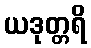
ယဒုတ္တရိ